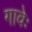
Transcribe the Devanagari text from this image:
गावेः